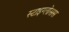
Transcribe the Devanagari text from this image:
स्टाइग्लोसस